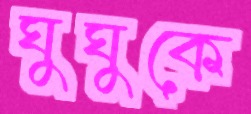
ঘুঘুকে